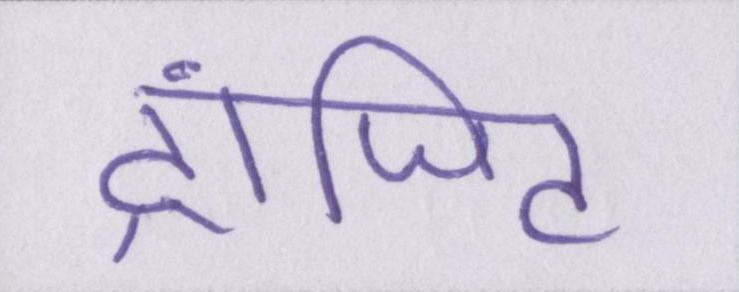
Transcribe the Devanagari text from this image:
ट्रांजिट